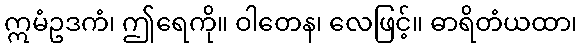
ဣမံဥဒကံ၊ ဤရေကို။ ဝါတေန၊ လေဖြင့်။ ဓာရိတံယထာ၊